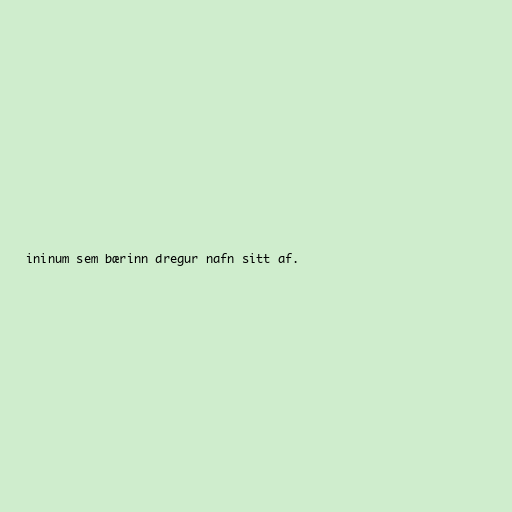
ininum sem bærinn dregur nafn sitt af.